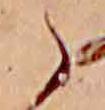
ゝ